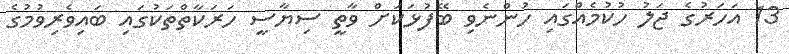
13 އަހަރުގެ ޖަލު ހުކުމެއްގައި ހުންނެވި ބޭފުޅަކަށް ވާތީ ސިޔާސީ ހަރަކާތްތަކުގައި ބައިވެރިވުމުގެ